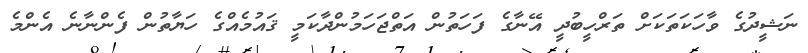
ނަޝީދުގެ ވާހަކަތަކަށް ތަރްހީބުދީ އޭނާގެ ފަހަތުން އަތްޖަހަމުންދާކަމީ ޤައުމެއްގެ ހަޔާތުން ފެންނާނެ އެންމެ